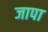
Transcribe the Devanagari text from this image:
जापा